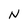
Character: N